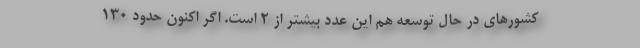
کشورهای در حال توسعه هم این عدد بیشتر از ۲ است. اگر اکنون حدود ۱۳۰